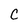
Character: C